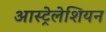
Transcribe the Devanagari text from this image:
आस्ट्रेलेशियन